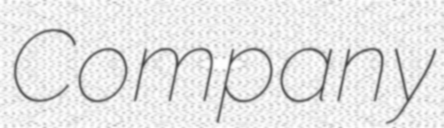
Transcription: Company